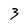
Character: 3